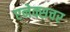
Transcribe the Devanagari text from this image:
एनेक्सचर